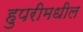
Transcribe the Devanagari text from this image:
हुपरीमधील